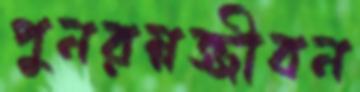
পুনরম্নজ্জীবন